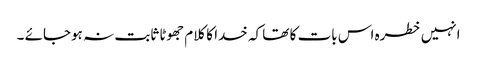
انہیں خطرہ اس بات کا تھا کہ خدا کا کلام جھوٹا ثابت نہ ہوجائے ۔